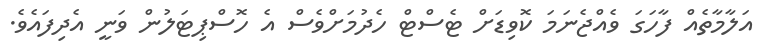
އަލާމާތެއް ފާހަގަ ވެއްޖެނަމަ ކޮވިޑަށް ޓެސްޓް ހެދުމަށްވެސް އެ ހޮސްޕިޓަލުން ވަނީ އެދިފައެވެ.